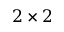
2 \times 2